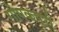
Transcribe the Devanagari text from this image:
गोपकपुरी